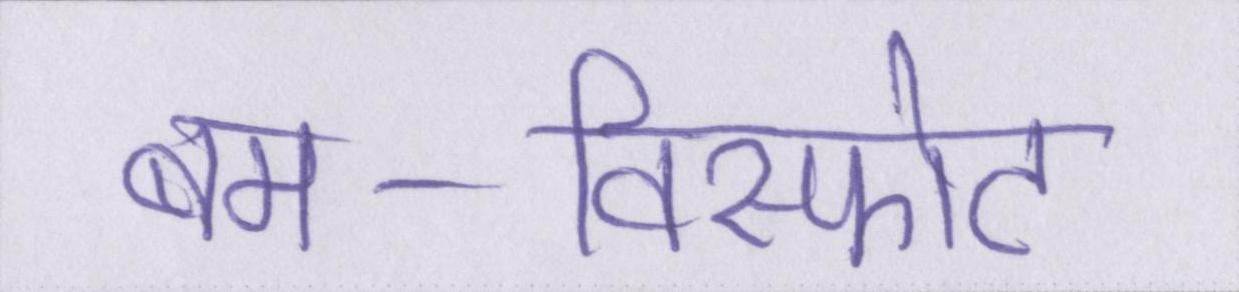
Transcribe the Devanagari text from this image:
बम-विस्फोट